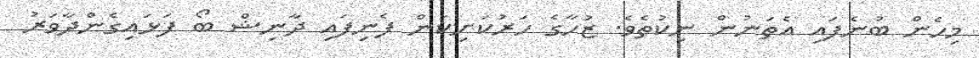
މިހެން ބުނެފައި އެތަނުން ނިކުތެވެ. ޒުހާގެ ހަރުކަށިކަން ފެނިފައި ދާނިޝް ބޯ ފަޅައިގެންދާވަރު